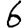
Digit: 6